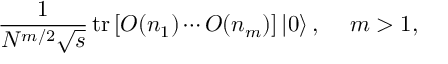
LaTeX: \frac { 1 } { N ^ { m / 2 } \sqrt { s } } \, \mathrm { t r } \left[ { \cal O } ( n _ { 1 } ) \cdots { \cal O } ( n _ { m } ) \right] \left| 0 \right\rangle , \: \: \: \: \ m > 1 ,